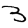
Digit: 3